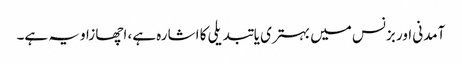
آمدنی اور بزنس میں بہتری یا تبدیلی کا اشارہ ہے، اچھا زاویہ ہے۔